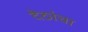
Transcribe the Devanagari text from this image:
देठांचा